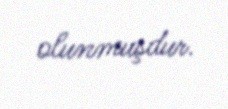
olunmuşdur.